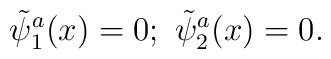
\tilde \psi _1^a(x)=0;\ \tilde \psi _2^a(x)=0.